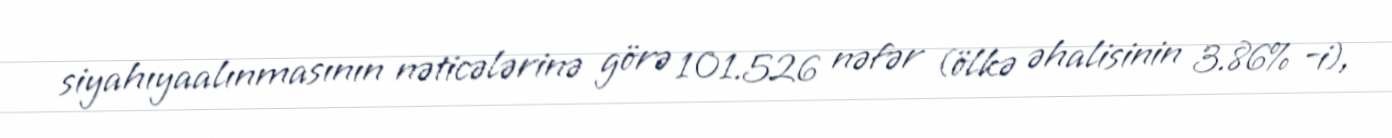
siyahıyaalınmasının nəticələrinə görə 101.526 nəfər (ölkə əhalisinin 3.86% -i),